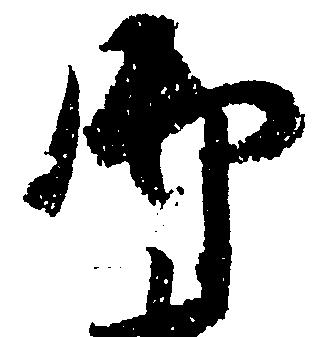
御